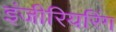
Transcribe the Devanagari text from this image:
इंजीरियरिंग